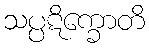
သပ္ပဋိက္ခောတိ